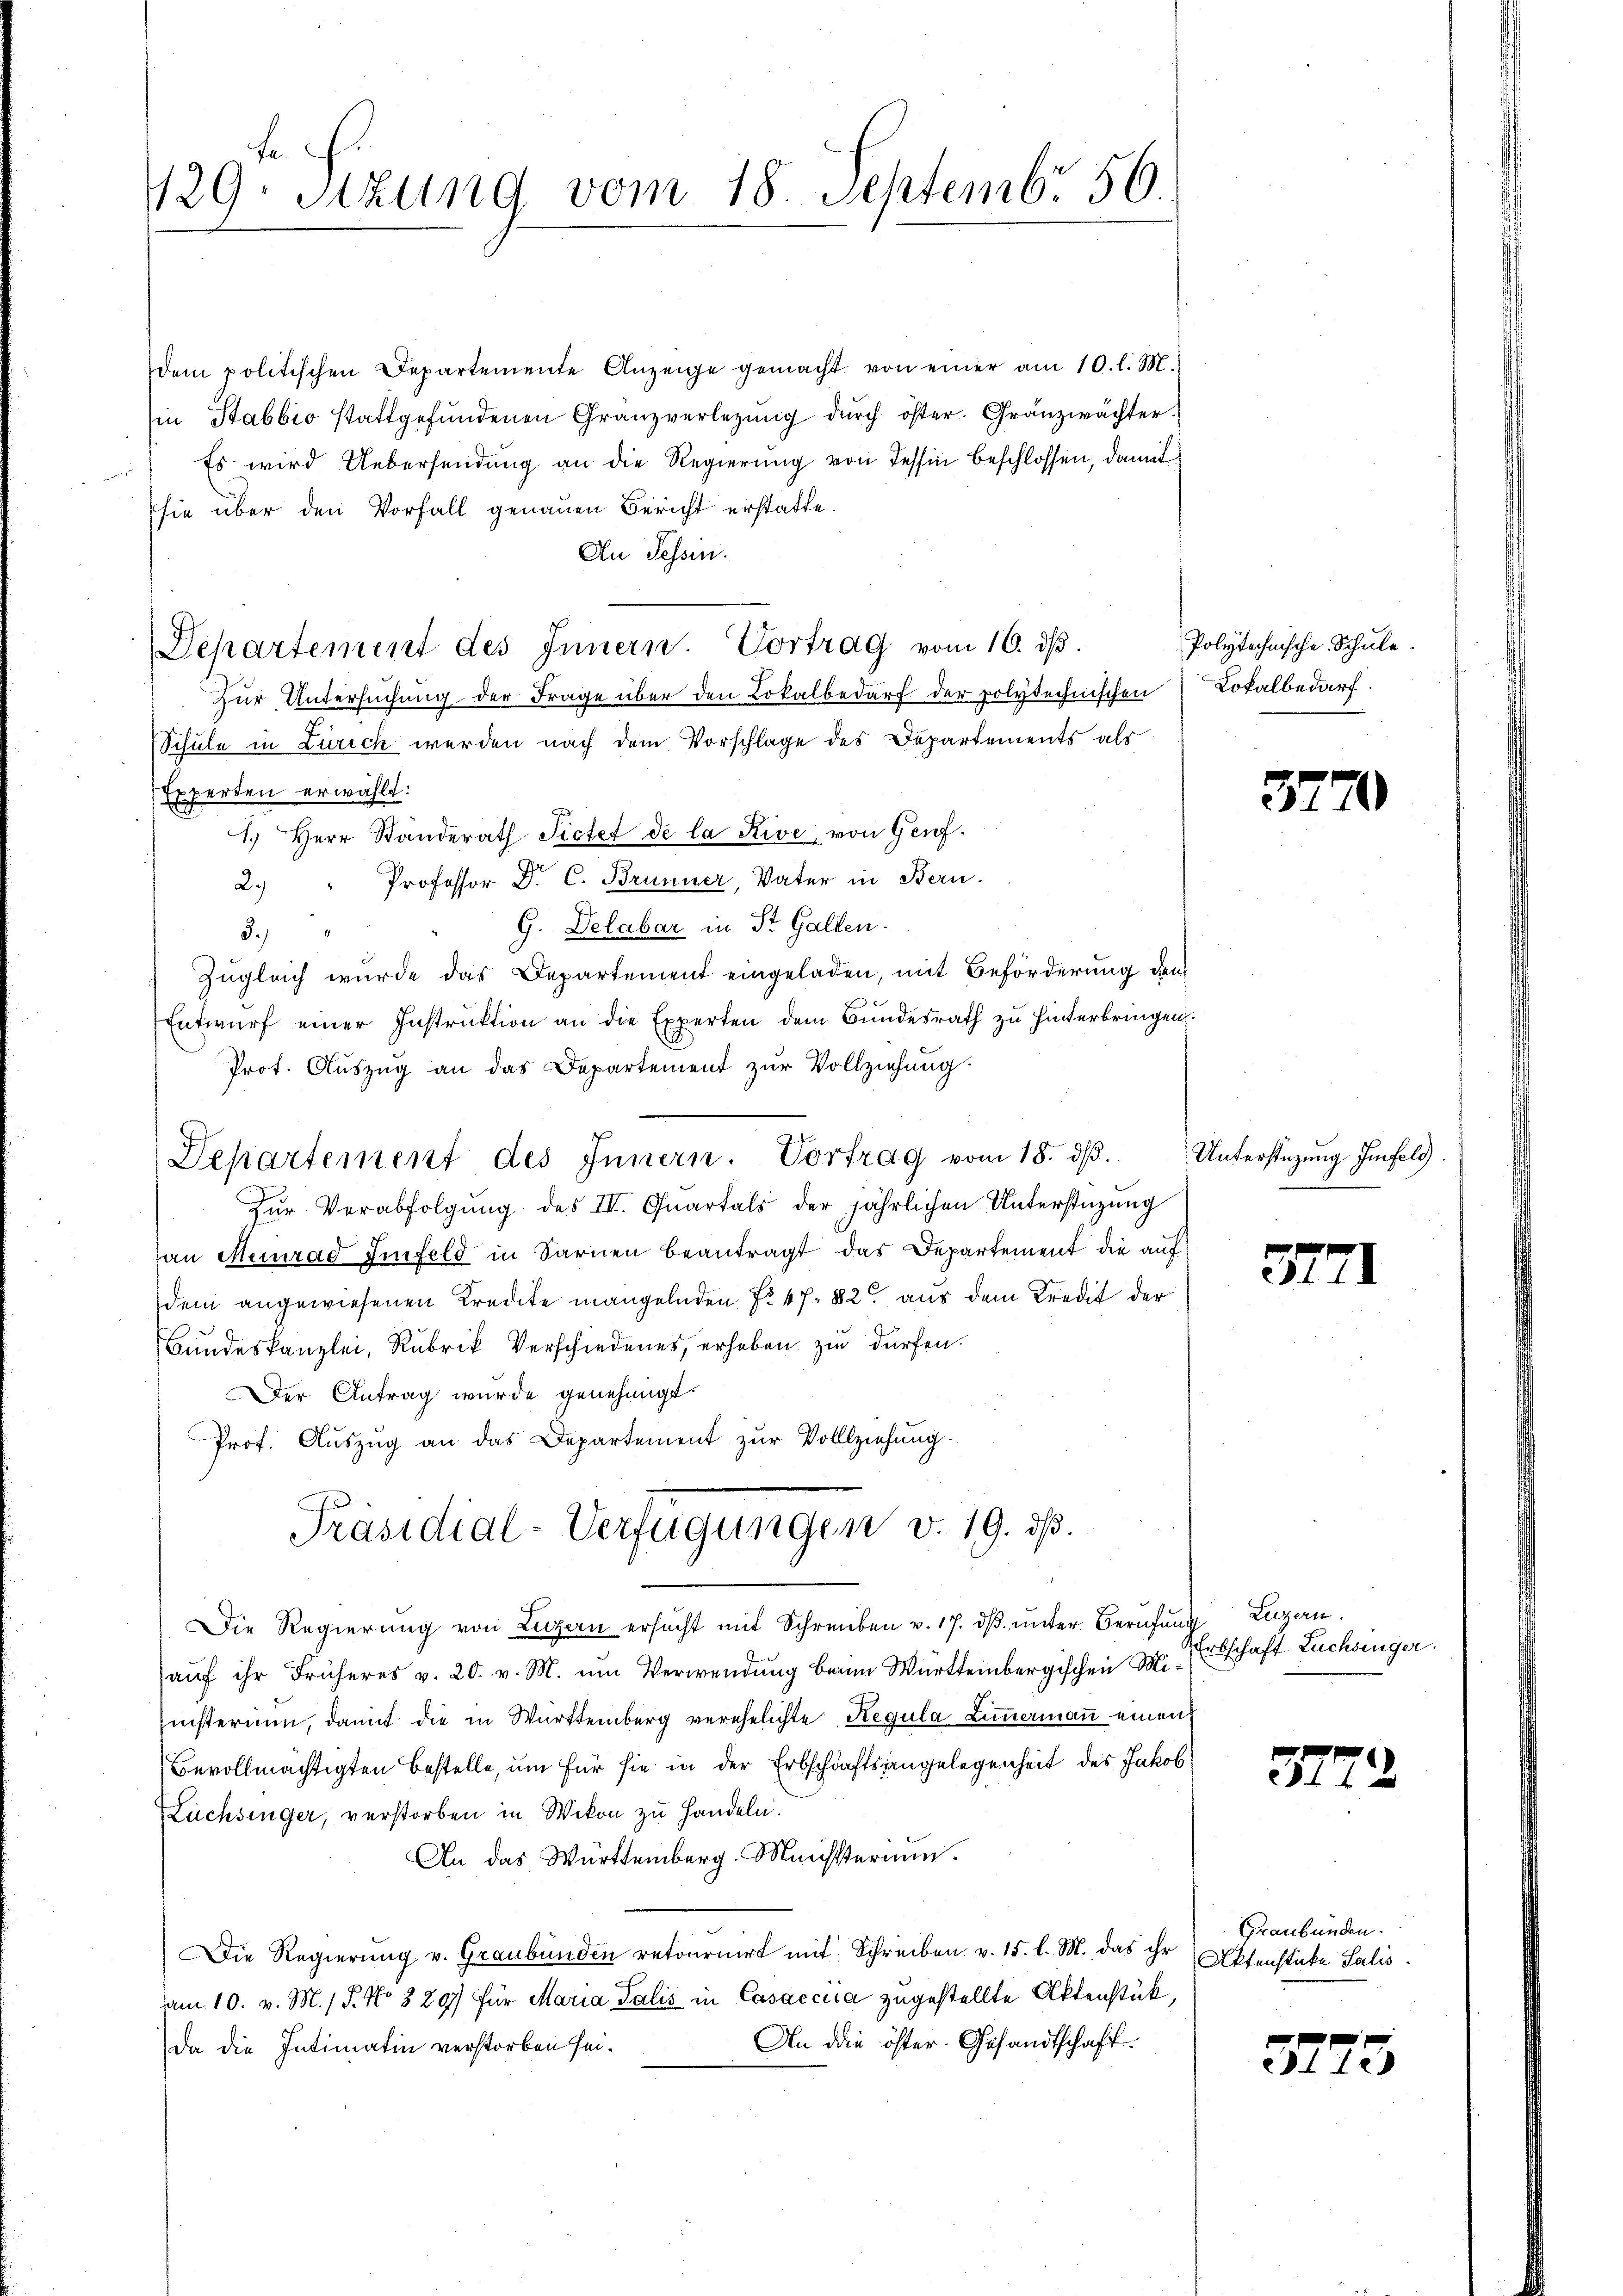
129. Sitzung vom 18. Septemb. 56.

dem politischen Departemente Anzeige gemacht von einer am 10. l. M.
in Stabbio stattgefundenen Granzverlegung durch öster. Gränzwächter.
Es wird Uebersendung an die Regierung von Tessin beschlossen, damit
sie über den Vorfall genauen Bericht erstatte.
An Tessin.
Departement des Innern. Vortrag vom 16. ds.
Zur Untersuchung der Frage über den Lokalbedarf der polytechnischen
Schule in Zürich werden nach dem Vorschlage des Departements als
Experten erwählt:
1.) Herr Standerath Fictet de la Rive, von Genf.
2. " Professor Dr. C. Brunner, Vater in Beru¬
G. Delabar in St. Gallen.
3.
Zugleich wurde das Departement eingeladen, mit Beförderung den
Entwŭrf einer Instruktion an die Experten dem Bundesrath zu hinterbringen.
Prot. Auszug an das Departement zur Vollziehung
Departement des Innern. Vortrag vom 18. dβ.
Zŭr Verabfolgŭng des II. Quartals der jährlichen Unterstüzung
an Meinrad Sinfeld in Sarnen beantragt das Departement die auf
dem angewiesenen Kredite mangelnden No 47. 82 aus dem Kredit der
Bundeskanzlei, Rubrik Verschiedenes, erheben zu dürfen.
Der Antrag wurde genehmigt.
Prof. Auszug an das Departement zur Vollziehung.
Präsidial-Verfügungen v. 19. ds.
Die Regierung von Luzern ersucht mit Schreiben v. 17. dβ ŭnter Berufung Luzern
auf ihr Früheres v. 20. v. M. um Verwendung beim Württembergischen Ministerium, damit die in Württemberg verehelichte Regula Limmermaṅ einen
Bevollmächtigten bestelle, um für sie in der Erbschäftsangelegenheit des Jakob
Lüchsinger, verstorben in Wikon zu Handeln.
An das Württemberg. Münsterium.
Die Regierung v. Graubünden retournirt mit Schreiben v. 15. l. M. das ihr Aktenstücke Salis
am 10. v. M. P. No 329 für Maria Talić in Casaccia zugestellte Aktenstück,
An die öster. Gesandtschaft.
Da die Intimatin verstorben sei.

Polytechnische Schule.
Lokalbedarf.

37

Unterstüzung finfeld.

37

Erbschaft Lüchsinger.

3.

37.

Graubünden.

5